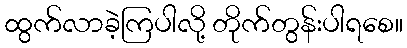
ထွက်လာခဲ့ကြပါလို့ တိုက်တွန်းပါရစေ။